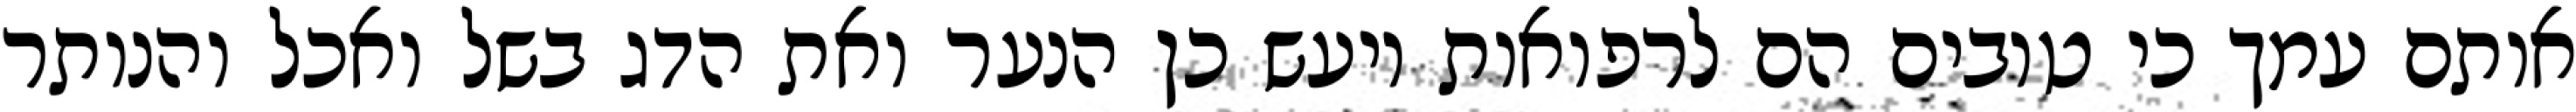
אותם עמך כי טובים הם לרפואות ויעש כן הנער ואת הדג בשל ואכל והנותר